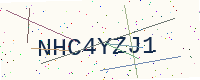
Text: NHC4YZJ1